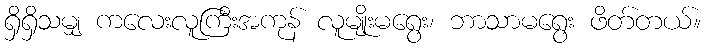
ရှိရှိသမျှ ကလေးလူကြီးအကုန် လူမျိုးမရွေး၊ ဘာသာမရွေး ဖိတ်တယ်။